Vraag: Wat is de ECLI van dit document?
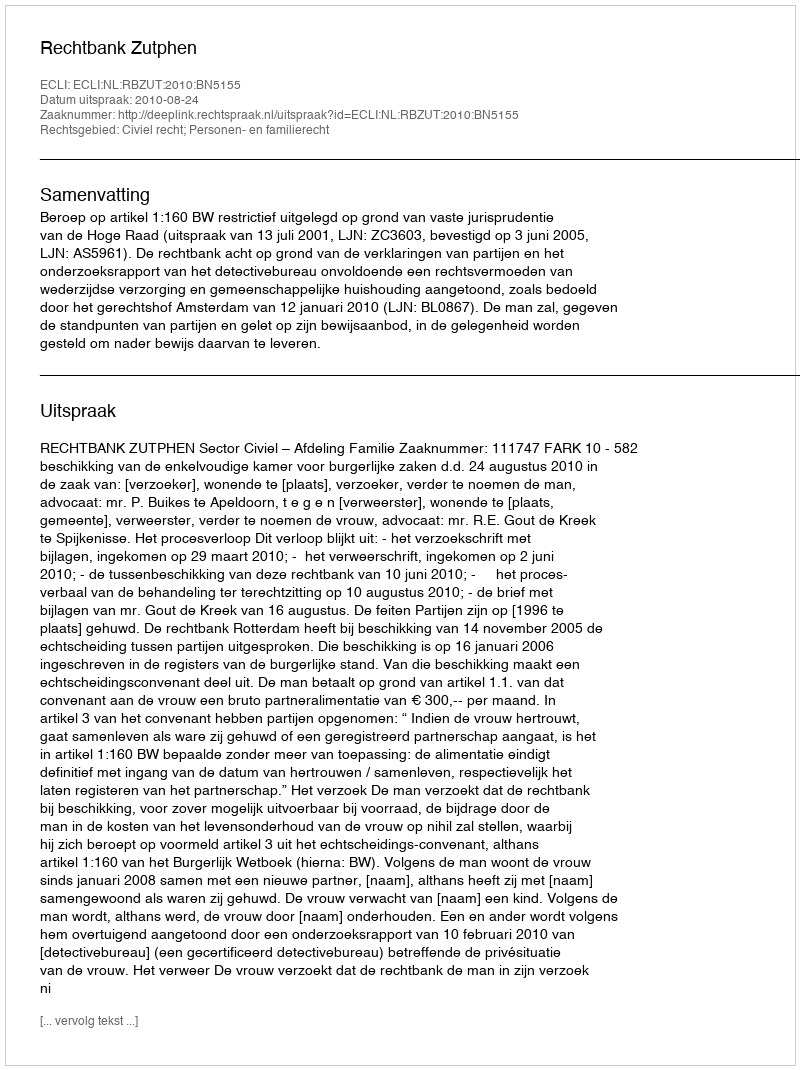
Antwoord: ECLI:NL:RBZUT:2010:BN5155